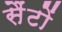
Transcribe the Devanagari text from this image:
सैंटों